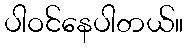
ပါဝင်နေပါတယ်။